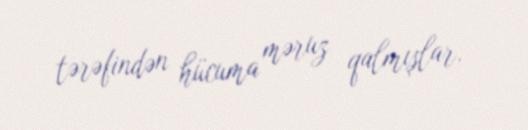
tərəfindən hücuma məruz qalmışlar.